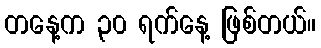
တနေ့က ၃၀ ရက်နေ့ ဖြစ်တယ်။